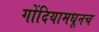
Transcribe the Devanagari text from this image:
गोंदियामधूनच